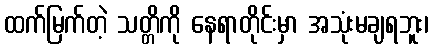
ထက်မြက်တဲ့ သတ္တိကို နေရာတိုင်းမှာ အသုံးမချရဘူး၊